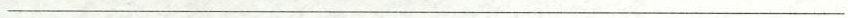
___